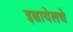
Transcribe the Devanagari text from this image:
इस्रायेलचे